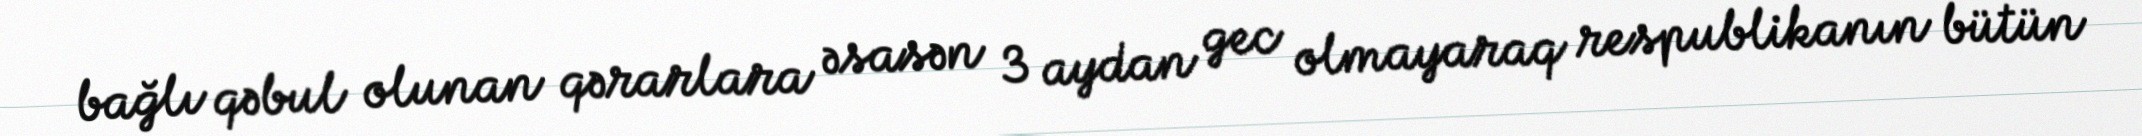
bağlı qəbul olunan qərarlara əsasən 3 aydan gec olmayaraq respublikanın bütün